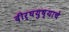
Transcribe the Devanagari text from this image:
दीर्घयुष्याचे